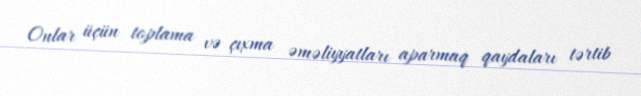
Onlar üçün toplama və çıxma əməliyyatları aparmaq qaydaları tərtib